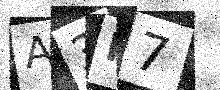
Text: A3H7